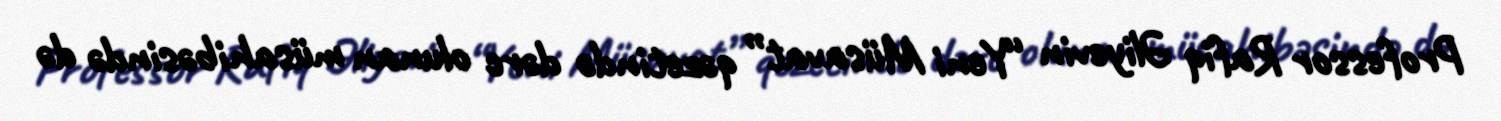
Professor Rafiq Əliyevin “Yeni Müsavat” qəzetində dərc olunan müsahibəsində də